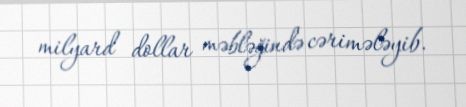
milyard dollar məbləğində cərimələyib.